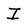
Character: I